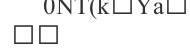
٩٥